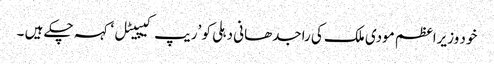
خود وزیراعظم مودی ملک کی راجدھانی دہلی کو ’ریپ کیپیٹل ‘کہہ چکے ہیں ۔